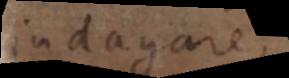
indagare,